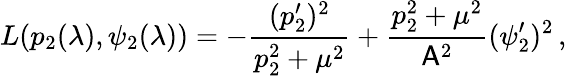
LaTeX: L(p_{2}(\lambda),\psi_{2}(\lambda))=-\frac{(p_{2}^{\prime})^{2}}{p_{2}^{2}+\mu^{2}}+\frac{p_{2}^{2}+\mu^{2}}{\mathsf{A}^{2}}(\psi_{2}^{\prime})^{2}\, ,